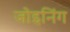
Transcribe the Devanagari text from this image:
जोइनिंग